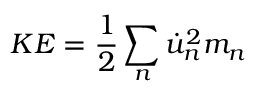
K E = \frac { 1 } { 2 } \sum _ { n } \dot { u } _ { n } ^ { 2 } m _ { n }